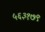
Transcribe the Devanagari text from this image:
५६३१७९